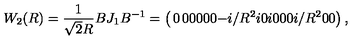
W _ { 2 } ( R ) = { \frac { 1 } { \sqrt { 2 } R } } B J _ { 1 } B ^ { - 1 } = \left( \begin{matrix} { 0 } & { 0 } & { 0 } & { 0 } \\ { 0 } & { 0 } & { - i / R ^ { 2 } } & { i } \\ { 0 } & { i } & { 0 } & { 0 } \\ { 0 } & { i / R ^ { 2 } } & { 0 } & { 0 } \\ \end{matrix} \right) ,